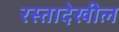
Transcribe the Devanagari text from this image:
रस्तादेखील